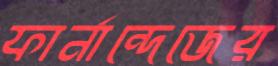
ফার্নান্দেজের